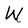
Character: W